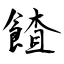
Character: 餷